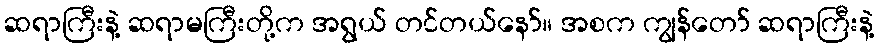
ဆရာကြီးနဲ့ ဆရာမကြီးတို့က အရွယ် တင်တယ်နော်။ အစက ကျွန်တော် ဆရာကြီးနဲ့